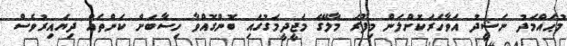
މުޙައްމަދު ނަޝީދު އަވާހަރަކޮށްލަން މިފުރަ މާލޭގެ މަޖީދީމަގުގައި ބޮންގޮއްވާ ހިސާބަށް ކަންތައް ދިޔައިރުވެސް